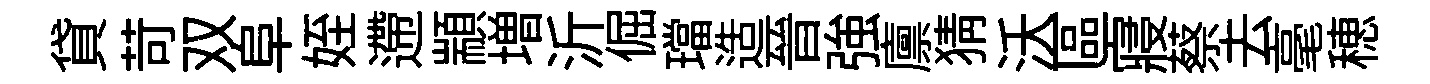
貸苛双阜姪遰顓増沂倔璫造晉強廪猜沃區寢蔡去毫穂